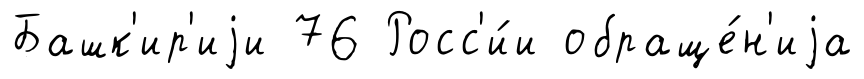
Башк'ир'иjи 76 Росс'и́и обраще́н'иjа